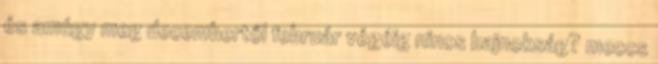
és amúgy meg decembertől február végéig nincs bajnokság? meccs